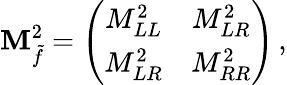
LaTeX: {\cal\mathbf{M}}_{\tilde{{f}}}^{2}=\left(\begin{array}{cc}{{M_{LL}^{2}}}&{{M_{LR}^{2}}}\\ {{M_{LR}^{2}}}&{{M_{RR}^{2}}}\end{array}\right)\, ,